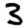
Digit: 3